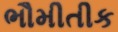
ભૌમીતીક